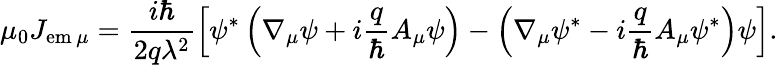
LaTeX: \mu_{0}J_{\mathrm{em}\, \mu}=\frac{i\hbar}{2q\lambda^{2}}\left[\psi^{*}\left(\nabla_{\mu}\psi+i\frac{q}{\hbar}A_{\mu}\psi\right)-\left(\nabla_{\mu}\psi^{*}-i\frac{q}{\hbar}A_{\mu}\psi^{*}\right)\psi\right].